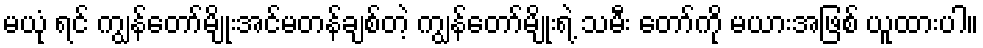
မယုံ ရင် ကျွန်တော်မျိုးအင်မတန်ချစ်တဲ့ ကျွန်တော်မျိုးရဲ့ သမီး တော်ကို မယားအဖြစ် ယူထားပါ။